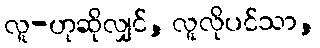
လူ-ဟုဆိုလျှင်, လူလိုပင်သာ,